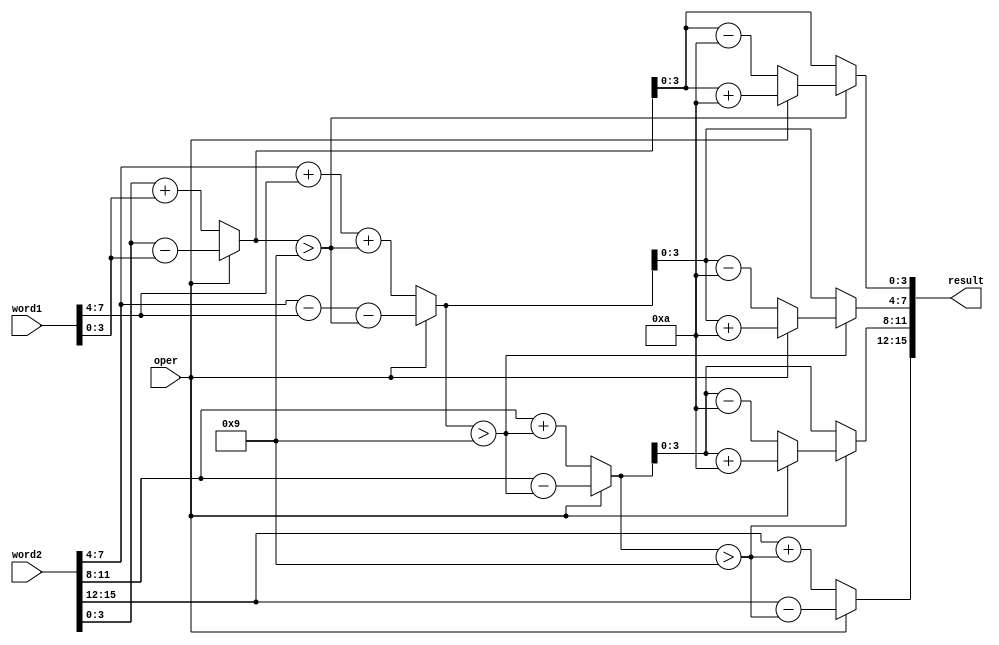
module BCD_ADD_SUB(input oper, input [7:0] word1, input[15:0] word2 , output [15:0] result);
wire [14:0] buffer;
wire [2:0] carry;

// First num and carry
assign buffer[4:0] = oper ? {1'b0, word2[3:0]} - {1'b0, word1[3:0]} : {1'b0, word2[3:0]} + {1'b0, word1[3:0]};
assign carry[0] = buffer[4:0] > 5'b1001;

// Second num  and carry
assign buffer[9:5] = oper ? {1'b0, word2[7:4]} - {1'b0, word1[7:4]} - {4'b0, carry[0]} : {1'b0, word2[7:4]} + {1'b0, word1[7:4]} + {4'b0, carry[0]};
assign carry[1] = buffer[9:5] > 5'b1001;

// Third num and carry
assign buffer[14:10] =  oper ? {1'b0, word2[11:8]} - {4'b0, carry[1]} : {1'b0, word2[11:8]} + {4'b0, carry[1]};
assign carry[2] = buffer[14:10] > 5'b1001; 

// Results (and fourth num, without carry)
assign result[3:0] = carry[0] ? (oper ? buffer[4:0] + 5'b1010 : buffer[4:0] - 5'b1010) : buffer[4:0];
assign result[7:4] = carry[1] ? (oper ? buffer[9:5] + 5'b1010 : buffer[9:5] - 5'b1010) : buffer[9:5];
assign result[11:8] = carry[2] ? (oper ? buffer[14:10] + 5'b1010 : buffer[14:10] - 5'b1010) : buffer[14:10];
assign result[15:12] = oper ? word2[15:12] - {3'b0, carry[2]} : word2[15:12] + {3'b0, carry[2]};
endmodule

module BCD_Calc(input rst, input [2:0] oper, input [7:0] in_nums, output [15:0] out_nums);

reg [15:0] memory;
wire [15:0] result;
wire [7:0] in_with_of;

assign in_with_of[3:0] = in_nums[3:0] > 4'b1001 ? 4'b1001 : in_nums[3:0];
assign in_with_of[7:4] = in_nums[7:4] > 4'b1001 ? 4'b1001 : in_nums[7:4];

BCD_ADD_SUB as1(.oper(oper[0]), .word1(in_with_of), .word2(memory), .result(result));

always @(posedge oper[1] or posedge rst)
begin
	if (rst) memory <= 15'h0;
	else
	begin
		memory <= result;
	end
end

assign out_nums = memory;

endmodule

module bcd_to_seg(input [3:0] bcd, output [6:0] seg);
	function [6:0] convert(input [3:0] code);
		case(code)
			4'b0000: convert = 7'b1000000;
			4'b0001: convert = 7'b1111001;
			4'b0010: convert = 7'b0100100;
			4'b0011: convert = 7'b0110000;
			4'b0100: convert = 7'b0011001;
			4'b0101: convert = 7'b0010010;
			4'b0110: convert = 7'b0000010;
			4'b0111: convert = 7'b1111000;
			4'b1000: convert = 7'b0000000;
			4'b1001: convert = 7'b0010000;
			default: convert = 7'b1111111;
		endcase
	endfunction

	assign seg = convert(bcd);
endmodule
//=======================================================
//  This code is generated by Terasic System Builder
//=======================================================

module Calculator(

	//////////// CLOCK //////////
	input 		          		CLOCK2_50,
	input 		          		CLOCK3_50,
	input 		          		CLOCK4_50,
	input 		          		CLOCK_50,

	//////////// SEG7 //////////
	output		     [6:0]		HEX0,
	output		     [6:0]		HEX1,
	output		     [6:0]		HEX2,
	output		     [6:0]		HEX3,
	output		     [6:0]		HEX4,
	output		     [6:0]		HEX5,

	//////////// KEY //////////
	input 		     [3:0]		KEY,

	//////////// SW //////////
	input 		     [9:0]		SW
);



//=======================================================
//  REG/WIRE declarations
//=======================================================

genvar i;
wire [15:0] bcd_result;
wire [27:0] bcd_result_out;
wire [2:0] oper;
wire rst;

//=======================================================
//  Structural coding
//=======================================================

assign oper = {~KEY[2] | ~KEY[1], ~KEY[1]};
assign rst = ~KEY[3];

BCD_Calc bc1(.rst(rst), .oper(oper), .in_nums(SW[7:0]), .out_nums(bcd_result));
generate
	for (i = 0; i < 4; i = i + 1) begin : OUTPUT_GENERATION
		bcd_to_seg bts(.bcd(bcd_result[i*4 +:4]), .seg(bcd_result_out[i*7 +: 7]));
	end
endgenerate

bcd_to_seg input_0(.bcd(SW[3:0]), .seg(HEX0));
bcd_to_seg input_1(.bcd(SW[7:4]), .seg(HEX1));

assign HEX5 = bcd_result_out[27:21];
assign HEX4 = bcd_result_out[20:14];
assign HEX3 = bcd_result_out[13:7];
assign HEX2 = bcd_result_out[6:0];


endmodule